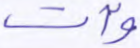
وآت